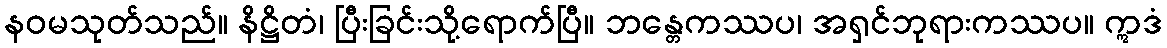
နဝမသုတ်သည်။ နိဋ္ဌိတံ၊ ပြီးခြင်းသို့ရောက်ပြီ။ ဘန္တေကဿပ၊ အရှင်ဘုရားကဿပ။ ဣဒံ